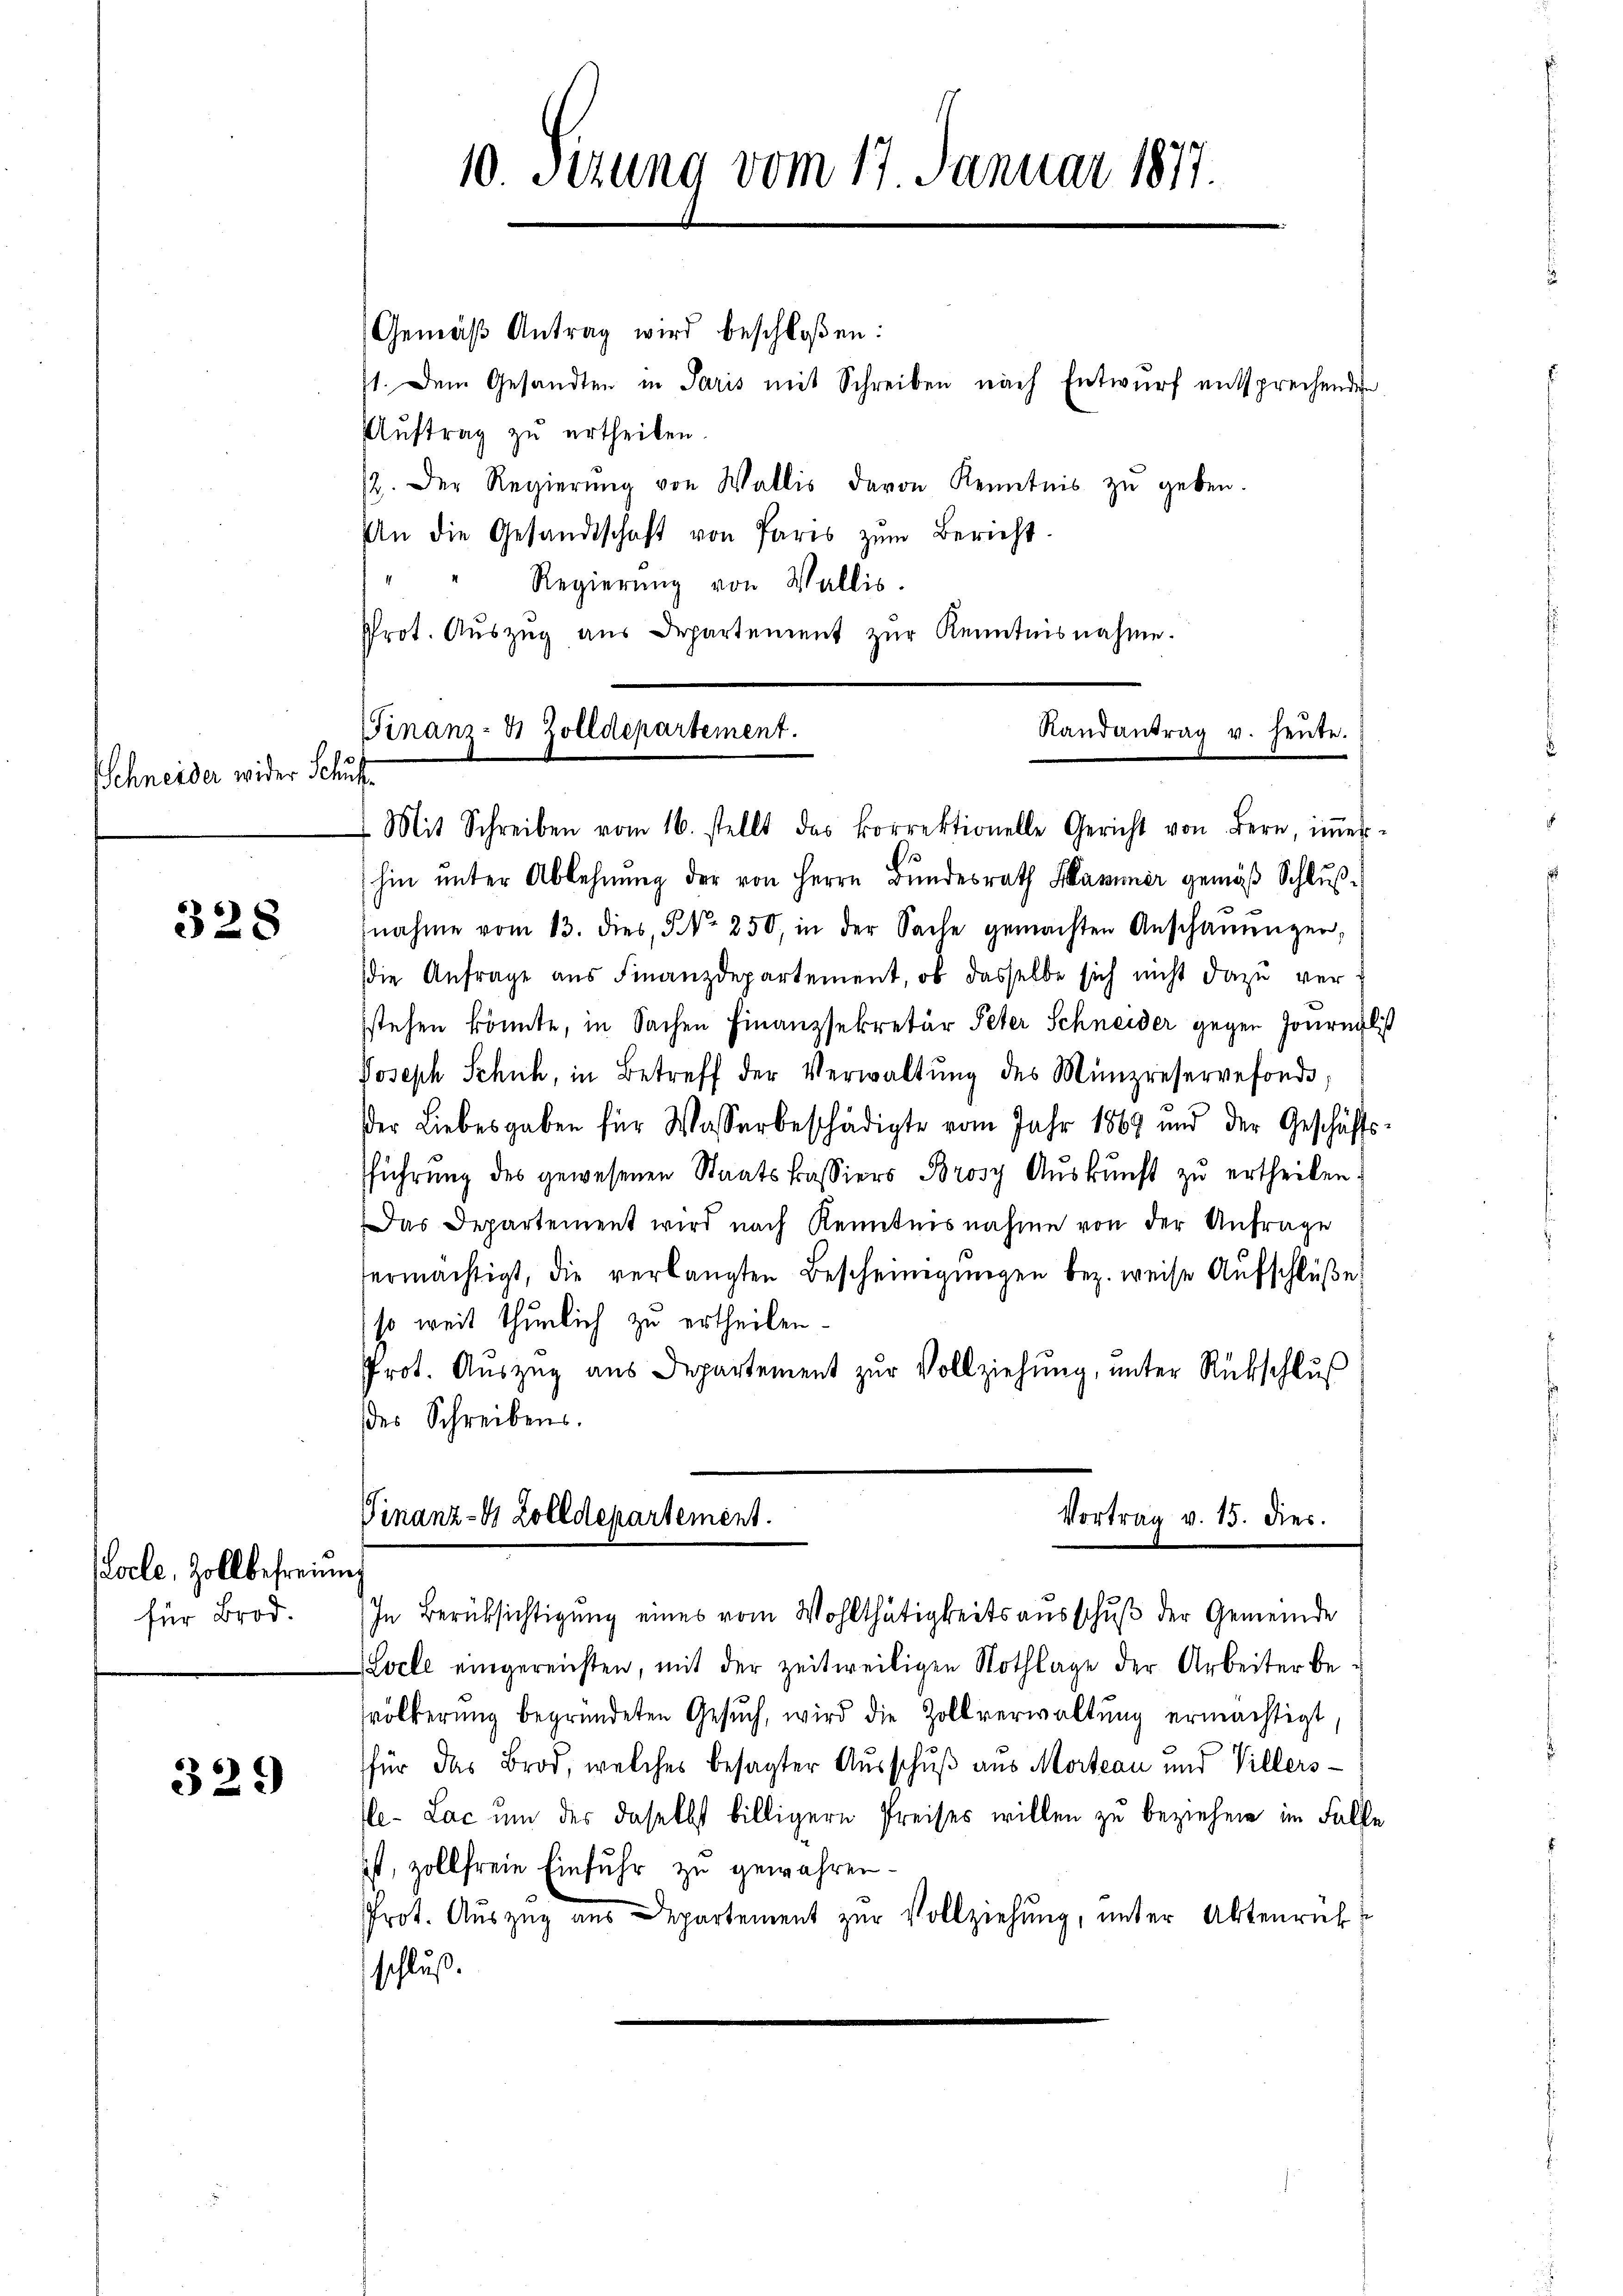
Schneider wider Schut

328

Locle, Zollbefreiung
für Brod.

32.)

Gemäß Antrag wird beschloßen:
st. Dem Gesandten in Paris mit Schreiben nach Entwurf entsprechenden
Auftrag zu ertheilen.
12. Der Regierŭng von Wallis davon Kenntnis zŭ geben.
An die Gesandtschaft von Paris zŭm Bericht.
Regierung von Wallis.
Prot. Aŭszŭg aŭs Departement zŭr Kenntnisnahme.
Randantrag u. heute.
Finanz- 4 Zolldepartement.

10. Sizung vom 17. Januar 1817.

Mit Schreiben vom 16. stellt das korrektionelle Gericht von Bern, iṁer-
hin ŭnter Ablehnŭng der von Herrn Bŭndesrath Hammer gemäβ Schlŭβ-
fnahme vom 13. dies, No 250, in der Sache gemachten Anschaŭŭngen,
die Anfrage aus Finanzdepartement, ob dasselbe sich nicht dazu versstehen könnte, in Sachen Finanzsekretär Peter Schneider gegen Journalist
Joseph Schuh, in Betreff der Verwaltŭng des Münzreservefonde
der Liebesgaben für Wasserbeschädigte vom Jahr 1869 und der Geschäfts-
fführung des gewesenen Staatskassiers Brosy Auskunft zu ertheilen
Das Departement wird nach Kenntnisnahme von der Anfrage
ermächtigt, die verlangten Bescheinigungen bez. weise Aufschlüβe
so weit thunlich zu ertheilen.
Prot. Auszug aus Departement zur Vollziehung, unter Rückschluß
ddes Schreibens.
Vortrag v. 15. Dies.
Finanz-4 Zolldepartement.
In Berüksichtigung eines vom Wohlthätigkeitsausschuß der Gemeinde
vele eingereichten, mit der zeitweiligen Nothlage der Arbeiter bevölkerung begründeten Gesŭch, wird die Zollverwaltung ermächtigt
für das Brod, welches besagter Ausschuß aus Mordeau und Villersfle-Lac um der daselbst billigern Preises willen zu beziehen im Falle
ist, zollfreie Einfuhr zu gewähren.
Prot. Auszug aus Departement zur Vollziehung, unter Aktenrück
schluß.